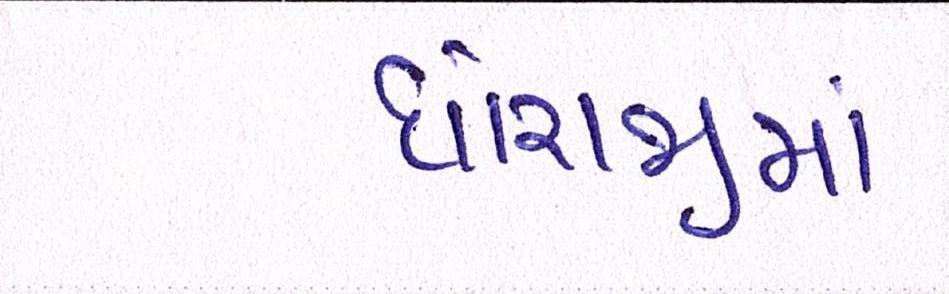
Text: ધોરાજીમાં